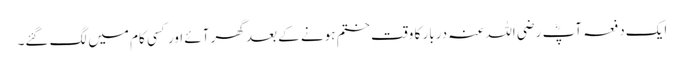
ایک دفعہ آپؓ رضی اللہ عنہ دربار کا وقت ختم ہونے کے بعد گھر آئے اور کسی کام میں لگ گئے۔